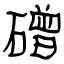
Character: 磳